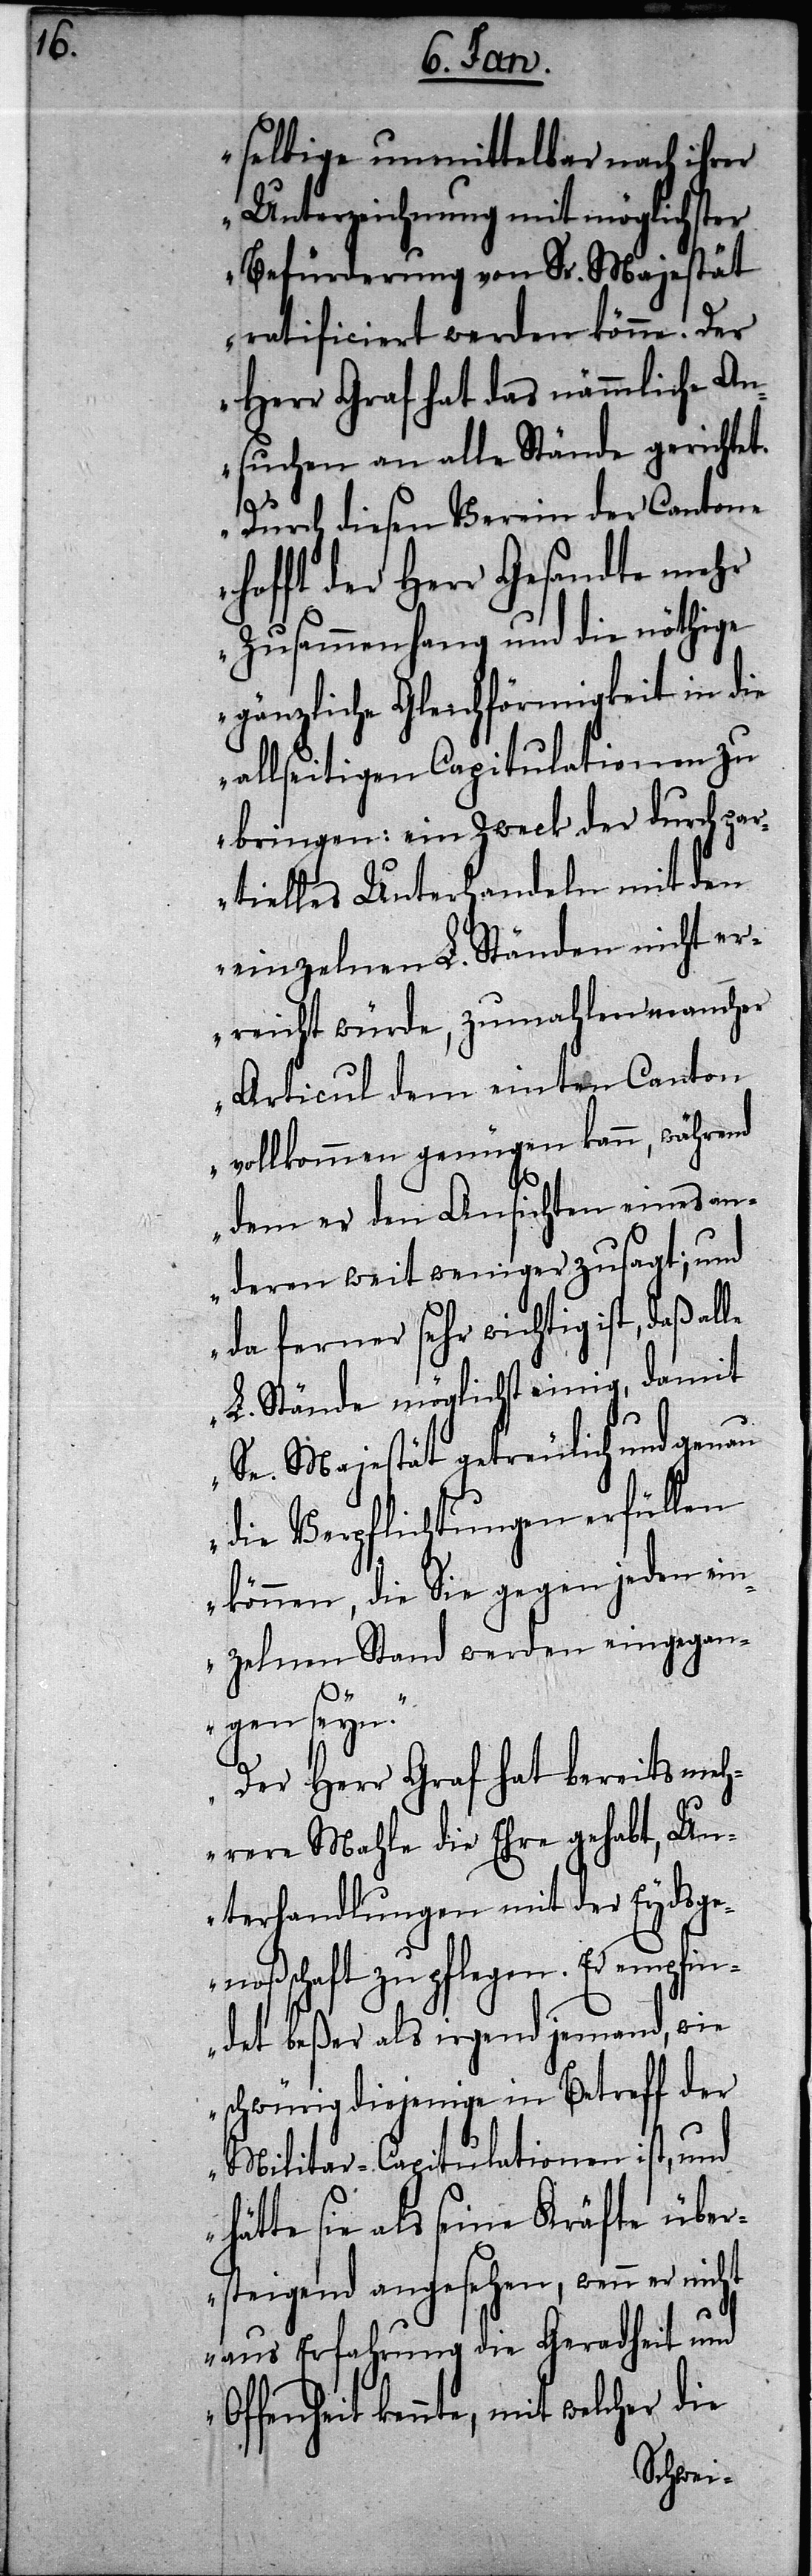
selbige unmittelbar nach ihrer
Unterzeichnung mit möglichster
Befürderung von Sr. Majestät
ratificiert werden könne. Der
Herr Graf hat das nämmliche An¬
suchen an alle Stände gerichtet.
Durch diesen Verein der Cantone
hofft der Herr Gesandte mehr
Zusammenhang und die nöthige
gänzliche Gleichförmigkeit in die
allseitigen Capitulationen zu
bringen: ein Zweck der durch pa¬
rtielles Unterhandeln mit den
einzelnen L. Ständen nicht er¬
reicht würde, zumahlen mancher
Articul dem einten Canton
vollkommen genügen kann, während
dem er den Ansichten eines an¬
deren weit weniger zusagt; und
da ferner sehr wichtig ist, daß al¬
L. Stände möglichst einig, damit
Se. Majestät getreulich und genau
die Verpflichtungen erfüllen
können, die Sie gegen jeden ein¬
zelnen Stand werden eingegan¬
le
gen seyn.“
„Der Herr Graf hat bereits meh¬
rere Mahle die Ehre gehabt, Un¬
terhandlungen mit der Eydsge¬
noßschaft zu pflegen. Er empfin¬
det beßer als irgend jemand, wie
schwürig diejenige in Betreff der
Militar-Capitulationen ist, und
hätte sie als seine Kräfte über¬
steigend angesehen, wenn er nicht
aus Erfahrung die Geradheit und
Offenheit kennte, mit welcher die